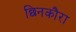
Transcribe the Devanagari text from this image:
छिनकौरा